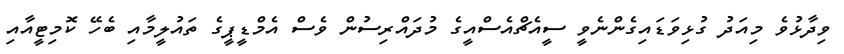
ވިދާޅުވެ މިއަދު ގުޅިވަޑައިގެންނެވީ ސީއެޗްއެސްއީގެ މުދައްރިސުން ވެސް އެމްޑީޕީގެ ތައުލީމާއި ބެހޭ ކޮމިޓީއާއި